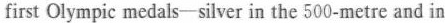
first Olympic medals-silver in the 500-metre and in